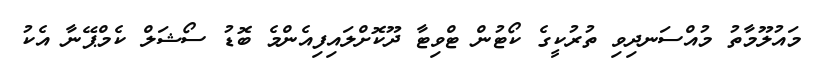
މައުލޫމާތު މުއްސަނދިވި ތުރުކީގެ ކޯޓުން ޓްވިޓާ ދޫކޮށްލައިފިއެންމެ ބޮޑު ސޯޝަލް ކެމްޕޭނާ އެކު